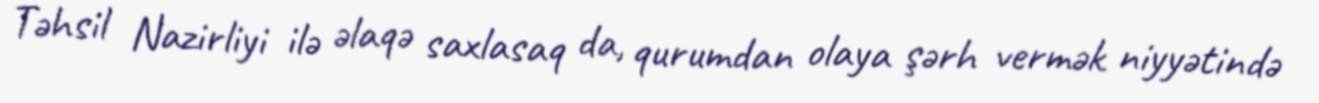
Təhsil Nazirliyi ilə əlaqə saxlasaq da, qurumdan olaya şərh vermək niyyətində